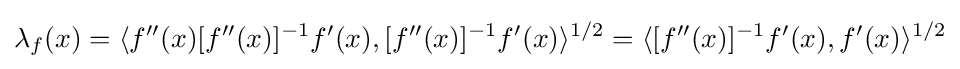
\lambda _{f}(x)=\langle f''(x)[f''(x)]^{-1}f'(x),[f''(x)]^{-1}f'(x)\rangle ^{1/2}=\langle [f''(x)]^{-1}f'(x),f'(x)\rangle ^{1/2}